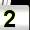
Digit: 2